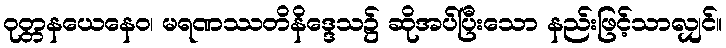
ဝုတ္တနယေနေဝ၊ မရဏဿတိနိဒ္ဒေသ၌ ဆိုအပ်ပြီးသော နည်းဖြင့်သာလျှင်။